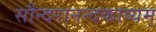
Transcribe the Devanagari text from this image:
सौन्दरानन्दकाव्यम्